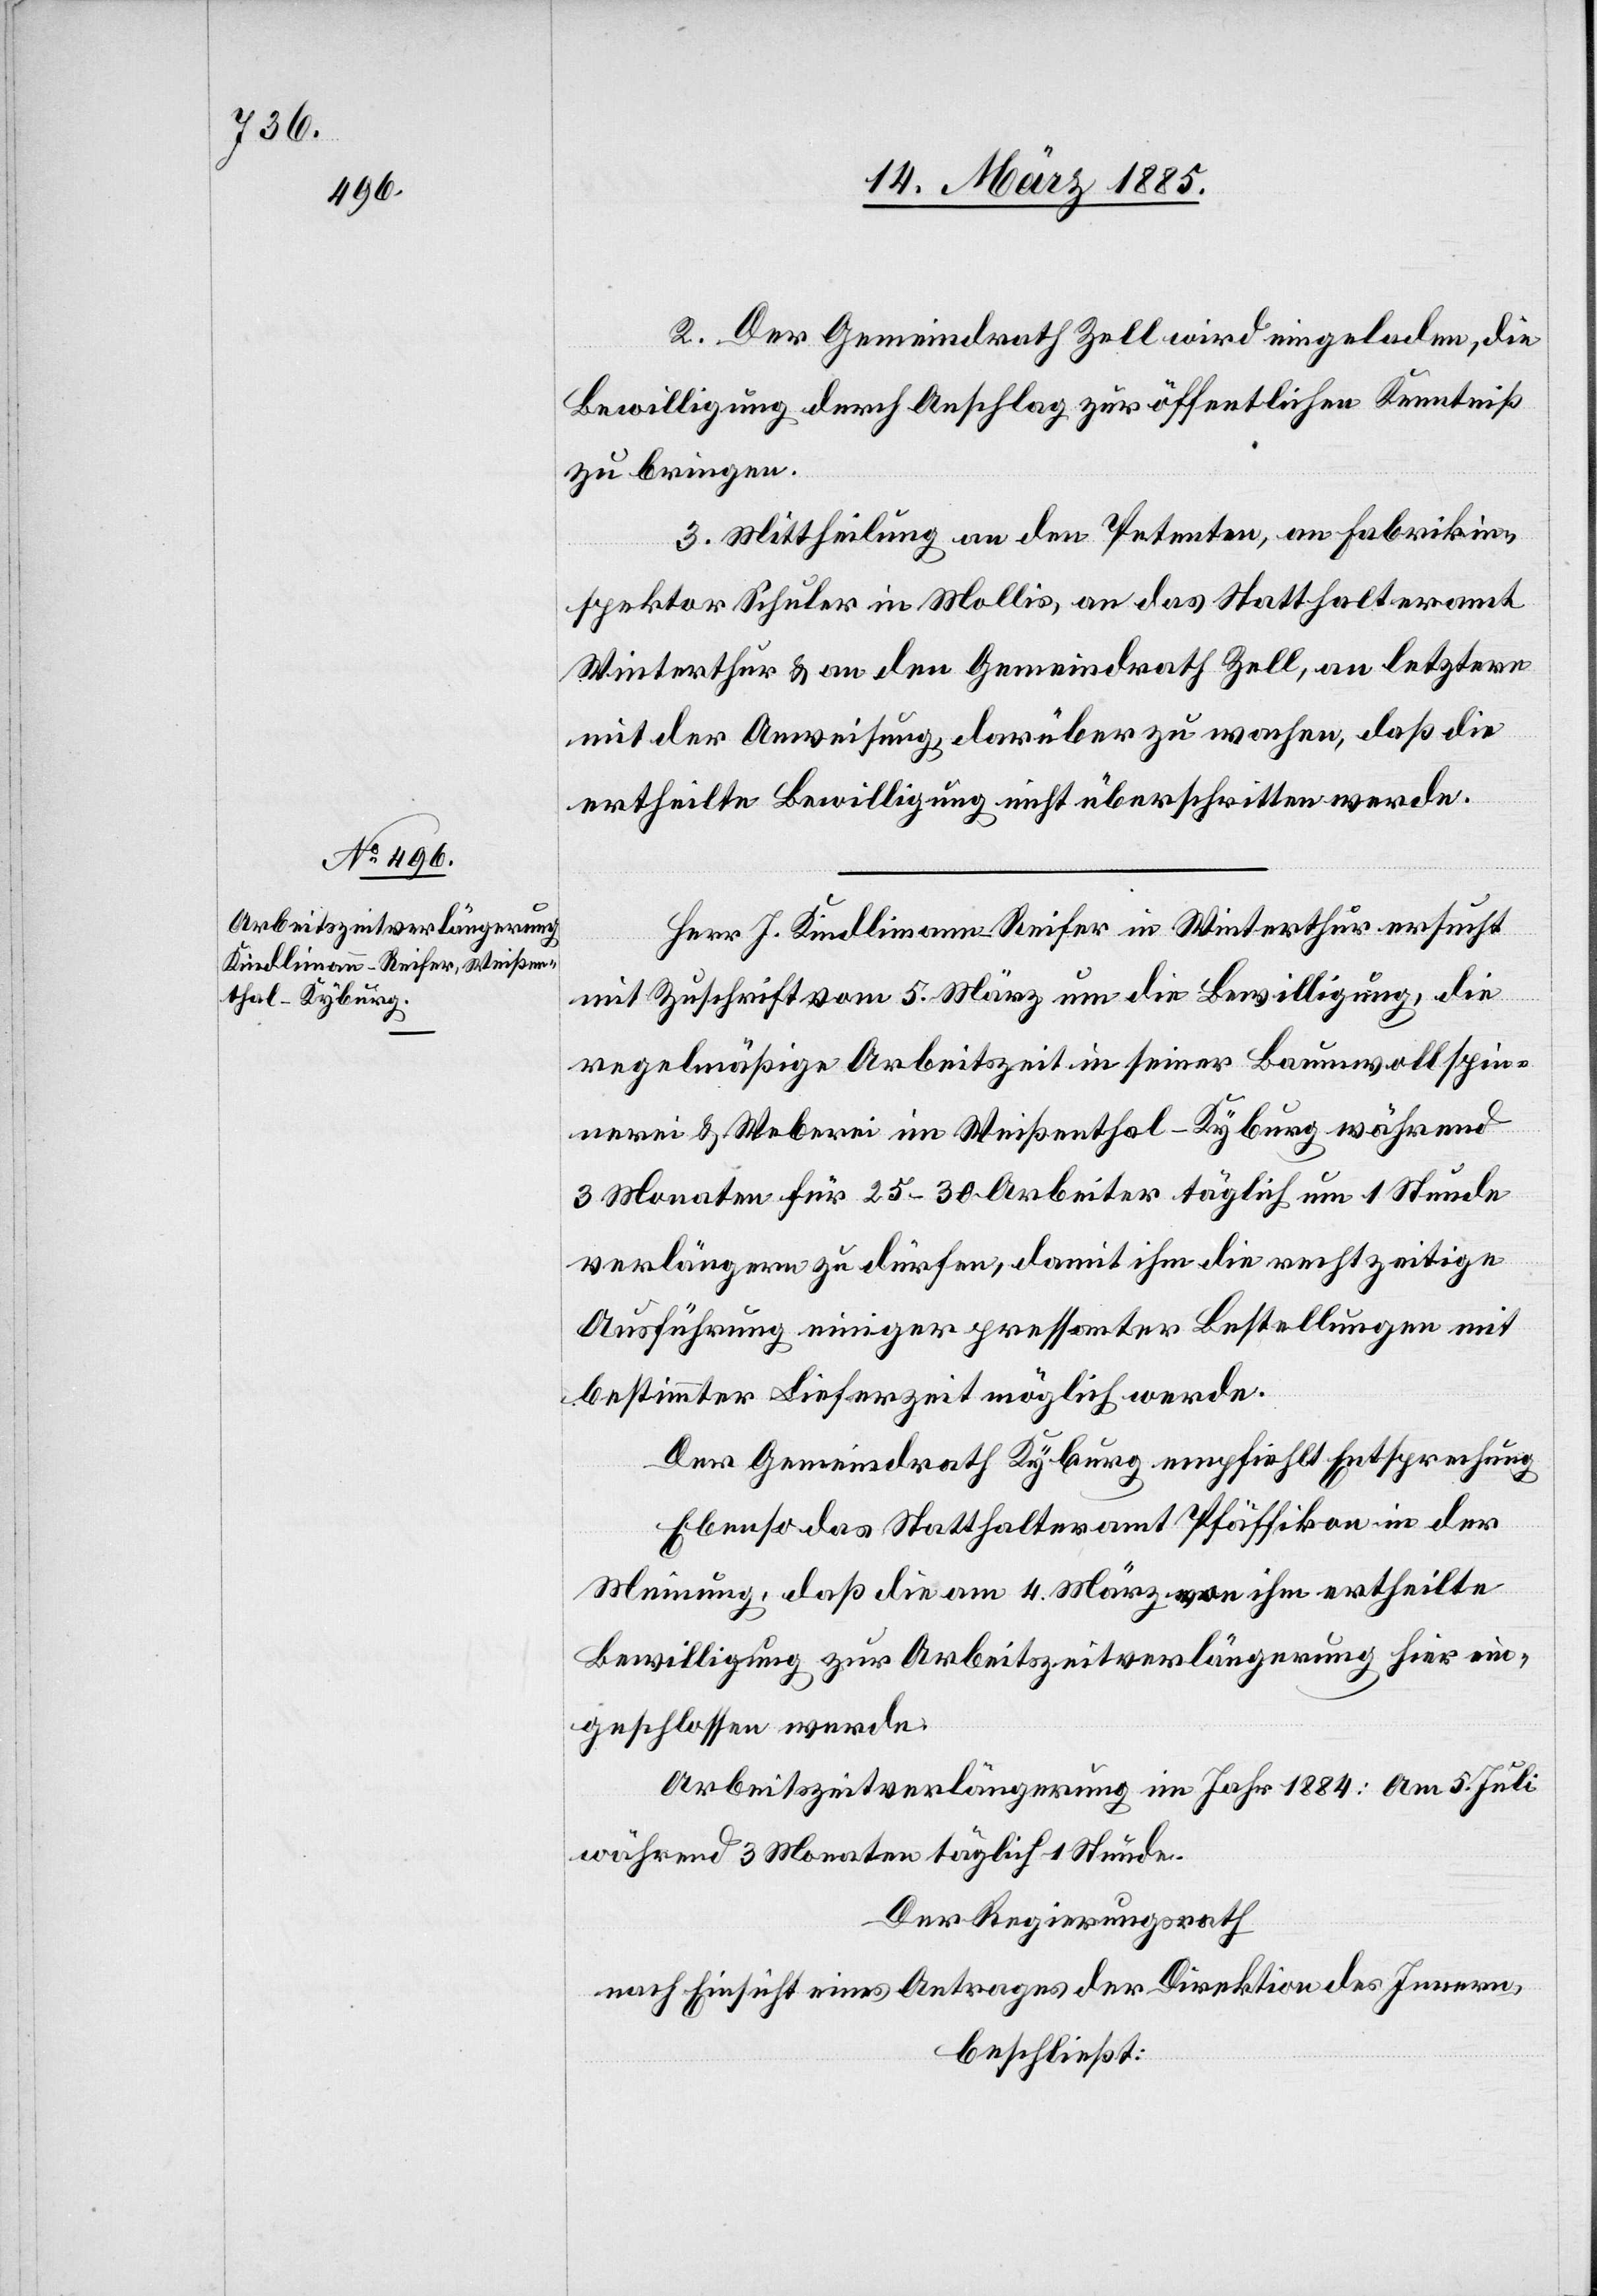
2. Der Gemeindrath Zell wird eingeladen, die
Bewilligung durch Anschlag zur öffentlichen Kenntniß
zu bringen.
3. Mittheilung an den Petenten, an Fabrikin¬
spektor Schuler in Mollis, an das Statthalteramt
Winterthur & an den Gemeindrath Zell, an letztern
mit der Anweisung, darüber zu wachen, daß die
ertheilte Bewilligung nicht überschritten werde.
Herr J. Kindlimann-Reifer in Winterthur ersucht
mit Zuschrift vom 5. März um die Bewilligung, die
regelmäßige Arbeitszeit in seiner Baumwollspin¬
nerei & Weberei im Weißenthal - Kyburg während
3 Monaten für 25–30 Arbeiter täglich um 1 Stunde
verlängern zu dürfen, damit ihm die rechtzeitige
Ausführung einiger pressanter Bestellungen mit
bestimmter Lieferzeit möglich werde.
Der Gemeindrath Kyburg empfiehlt Entsprechung.
Ebenso das Statthalteramt Pfäffikon in der
Meinung, daß die am 4. März von ihm ertheilte
Bewilligung zur Arbeitszeitverlängerung hier ein¬
geschlossen werde.
Arbeitszeitverlängerung im Jahr 1884: Am 5. Juli
während 3 Monaten täglich 1 Stunde.
Der Regierungsrath
nach Einsicht eines Antrages der Direktion des Innern,
beschließt: